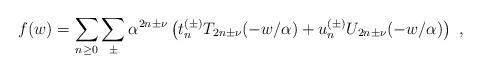
LaTeX: \begin{align*}f(w)=\sum_{n\geq0}\sum_{\pm}\alpha^{2n\pm\nu}\left(t_n^{(\pm)}T_{2n\pm\nu}(-w/\alpha)+u_n^{(\pm)}U_{2n\pm\nu}(-w/\alpha)\right)\ ,\end{align*}